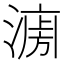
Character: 𱨟